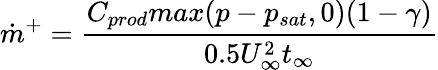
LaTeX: \dot{m}^{+}=\frac{C_{prod}max(p-p_{sat},0)(1-\gamma)}{0.5U_{\infty}^{2}t_{\infty}}